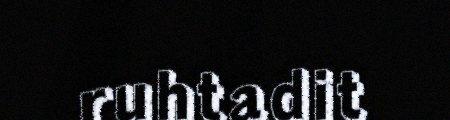
ruhtadit